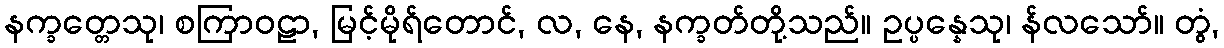
နက္ခတ္တေသု၊ စကြာဝဠာ, မြင့်မိုရ်တောင်, လ, နေ, နက္ခတ်တို့သည်။ ဥပ္ပန္နေသု၊ န်လသော်။ တွံ,